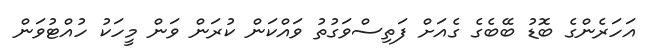
އަހަރެންގެ ބޮޑު ބޭބެގެ ގެއަށް ފަތިސްވަގުތު ވައްކަން ކުރަން ވަން މީހަކު ހުއްޓުވަން